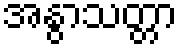
အနွာသတ္တာ